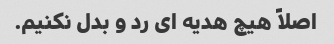
اصلاً هیچ هدیه ای رد و بدل نکنیم.